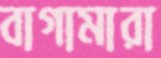
বাগামারা